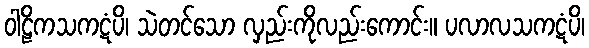
ဝါဠိကသကဋံပိ၊ သဲတင်သော လှည်းကိုလည်းကောင်း။ ပလာလသကဋံပိ၊